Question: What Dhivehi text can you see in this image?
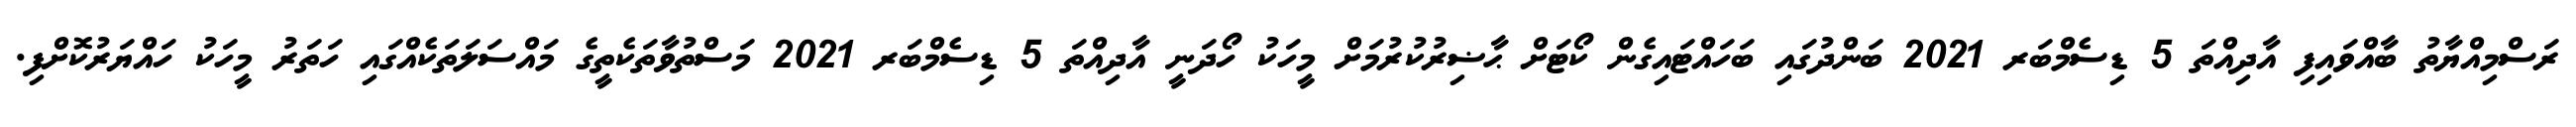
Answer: ރަސްމިއްޔާތު ބާއްވައިފި އާދިއްތަ 5 ޑިސެމްބަރ 2021 ބަންދުގައި ބަހައްޓައިގެން ކޯޓަށް ޙާޟިރުކުރުމަށް މީހަކު ހޯދަނީ އާދިއްތަ 5 ޑިސެމްބަރ 2021 މަސްތުވާތަކެތީގެ މައްސަލަތަކެއްގައި ހަތަރު މީހަކު ހައްޔަރުކޮށްފި.